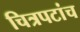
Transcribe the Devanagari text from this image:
चित्रपटांच